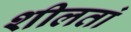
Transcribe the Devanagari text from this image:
शीलतां